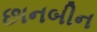
છાનબીન